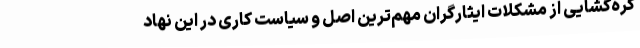
گره‌گشایی از مشکلات ایثارگران مهم‌ترین اصل و سیاست کاری در این نهاد